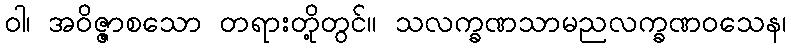
ဝါ၊ အဝိဇ္ဇာစသော တရားတို့တွင်။ သလက္ခဏသာမညလက္ခဏဝသေန၊